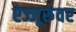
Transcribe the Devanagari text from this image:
ऐज्जूरुंवर